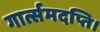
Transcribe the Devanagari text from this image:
गार्त्समदप्ति।